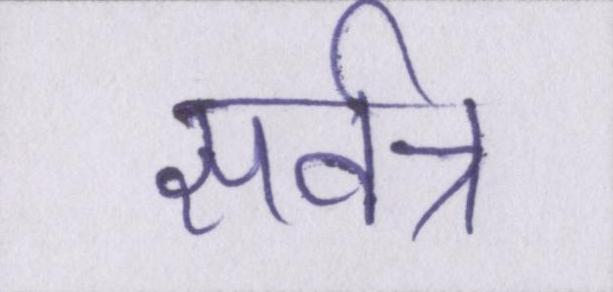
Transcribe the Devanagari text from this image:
सर्वत्र